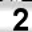
Digit: 2